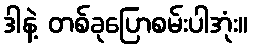
ဒါနဲ့ တစ်ခုပြောစမ်းပါအုံး။